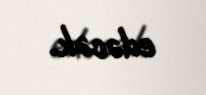
edəcək.